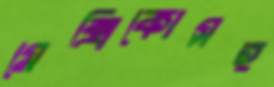
মেক্সিকোসহ